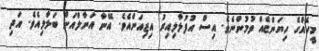
މީހެއްގެ ހިޔަންޏެއް ވުމުންނެވެ. އިސް އުފުލާލިއިރު އިޒިއަންއެވެ. އޭނާ އަނާލްއަށް ބަލާލިއެވެ. އަދި